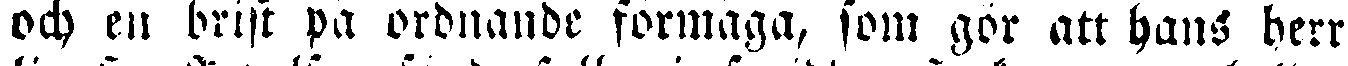
och en brist på ordnande formåga, som gör att hans herr-